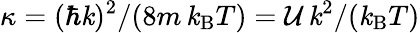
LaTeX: {\kappa=(\hbar\mathit{k})^{2}/(8m\, \mathit{k}_{\mathrm{{B}}}T)={\mathcal{U}}\, \mathit{k}^{2}/(\mathit{k}_{\mathrm{{B}}}T)}